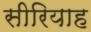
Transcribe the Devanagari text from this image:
सीरियाह